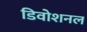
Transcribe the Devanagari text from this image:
डिवोशनल